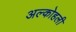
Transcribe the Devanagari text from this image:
अल्कोहली